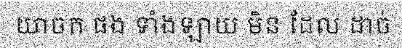
យាចក ផង ទាំងឡាយ មិន ដែល ដាច់